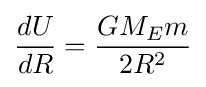
{\frac {dU}{dR}}={\frac {GM_{E}m}{2R^{2}}}